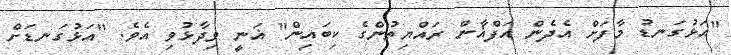
"އަޅުގަނޑު މާފަށް އެދެން އަފްޣާން ރައްޔިތުންގެ ކިބައިން" ޣަނީ ވިދާޅުވި އެވެ. "އަޅުގަނޑަށް